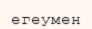
егеумен